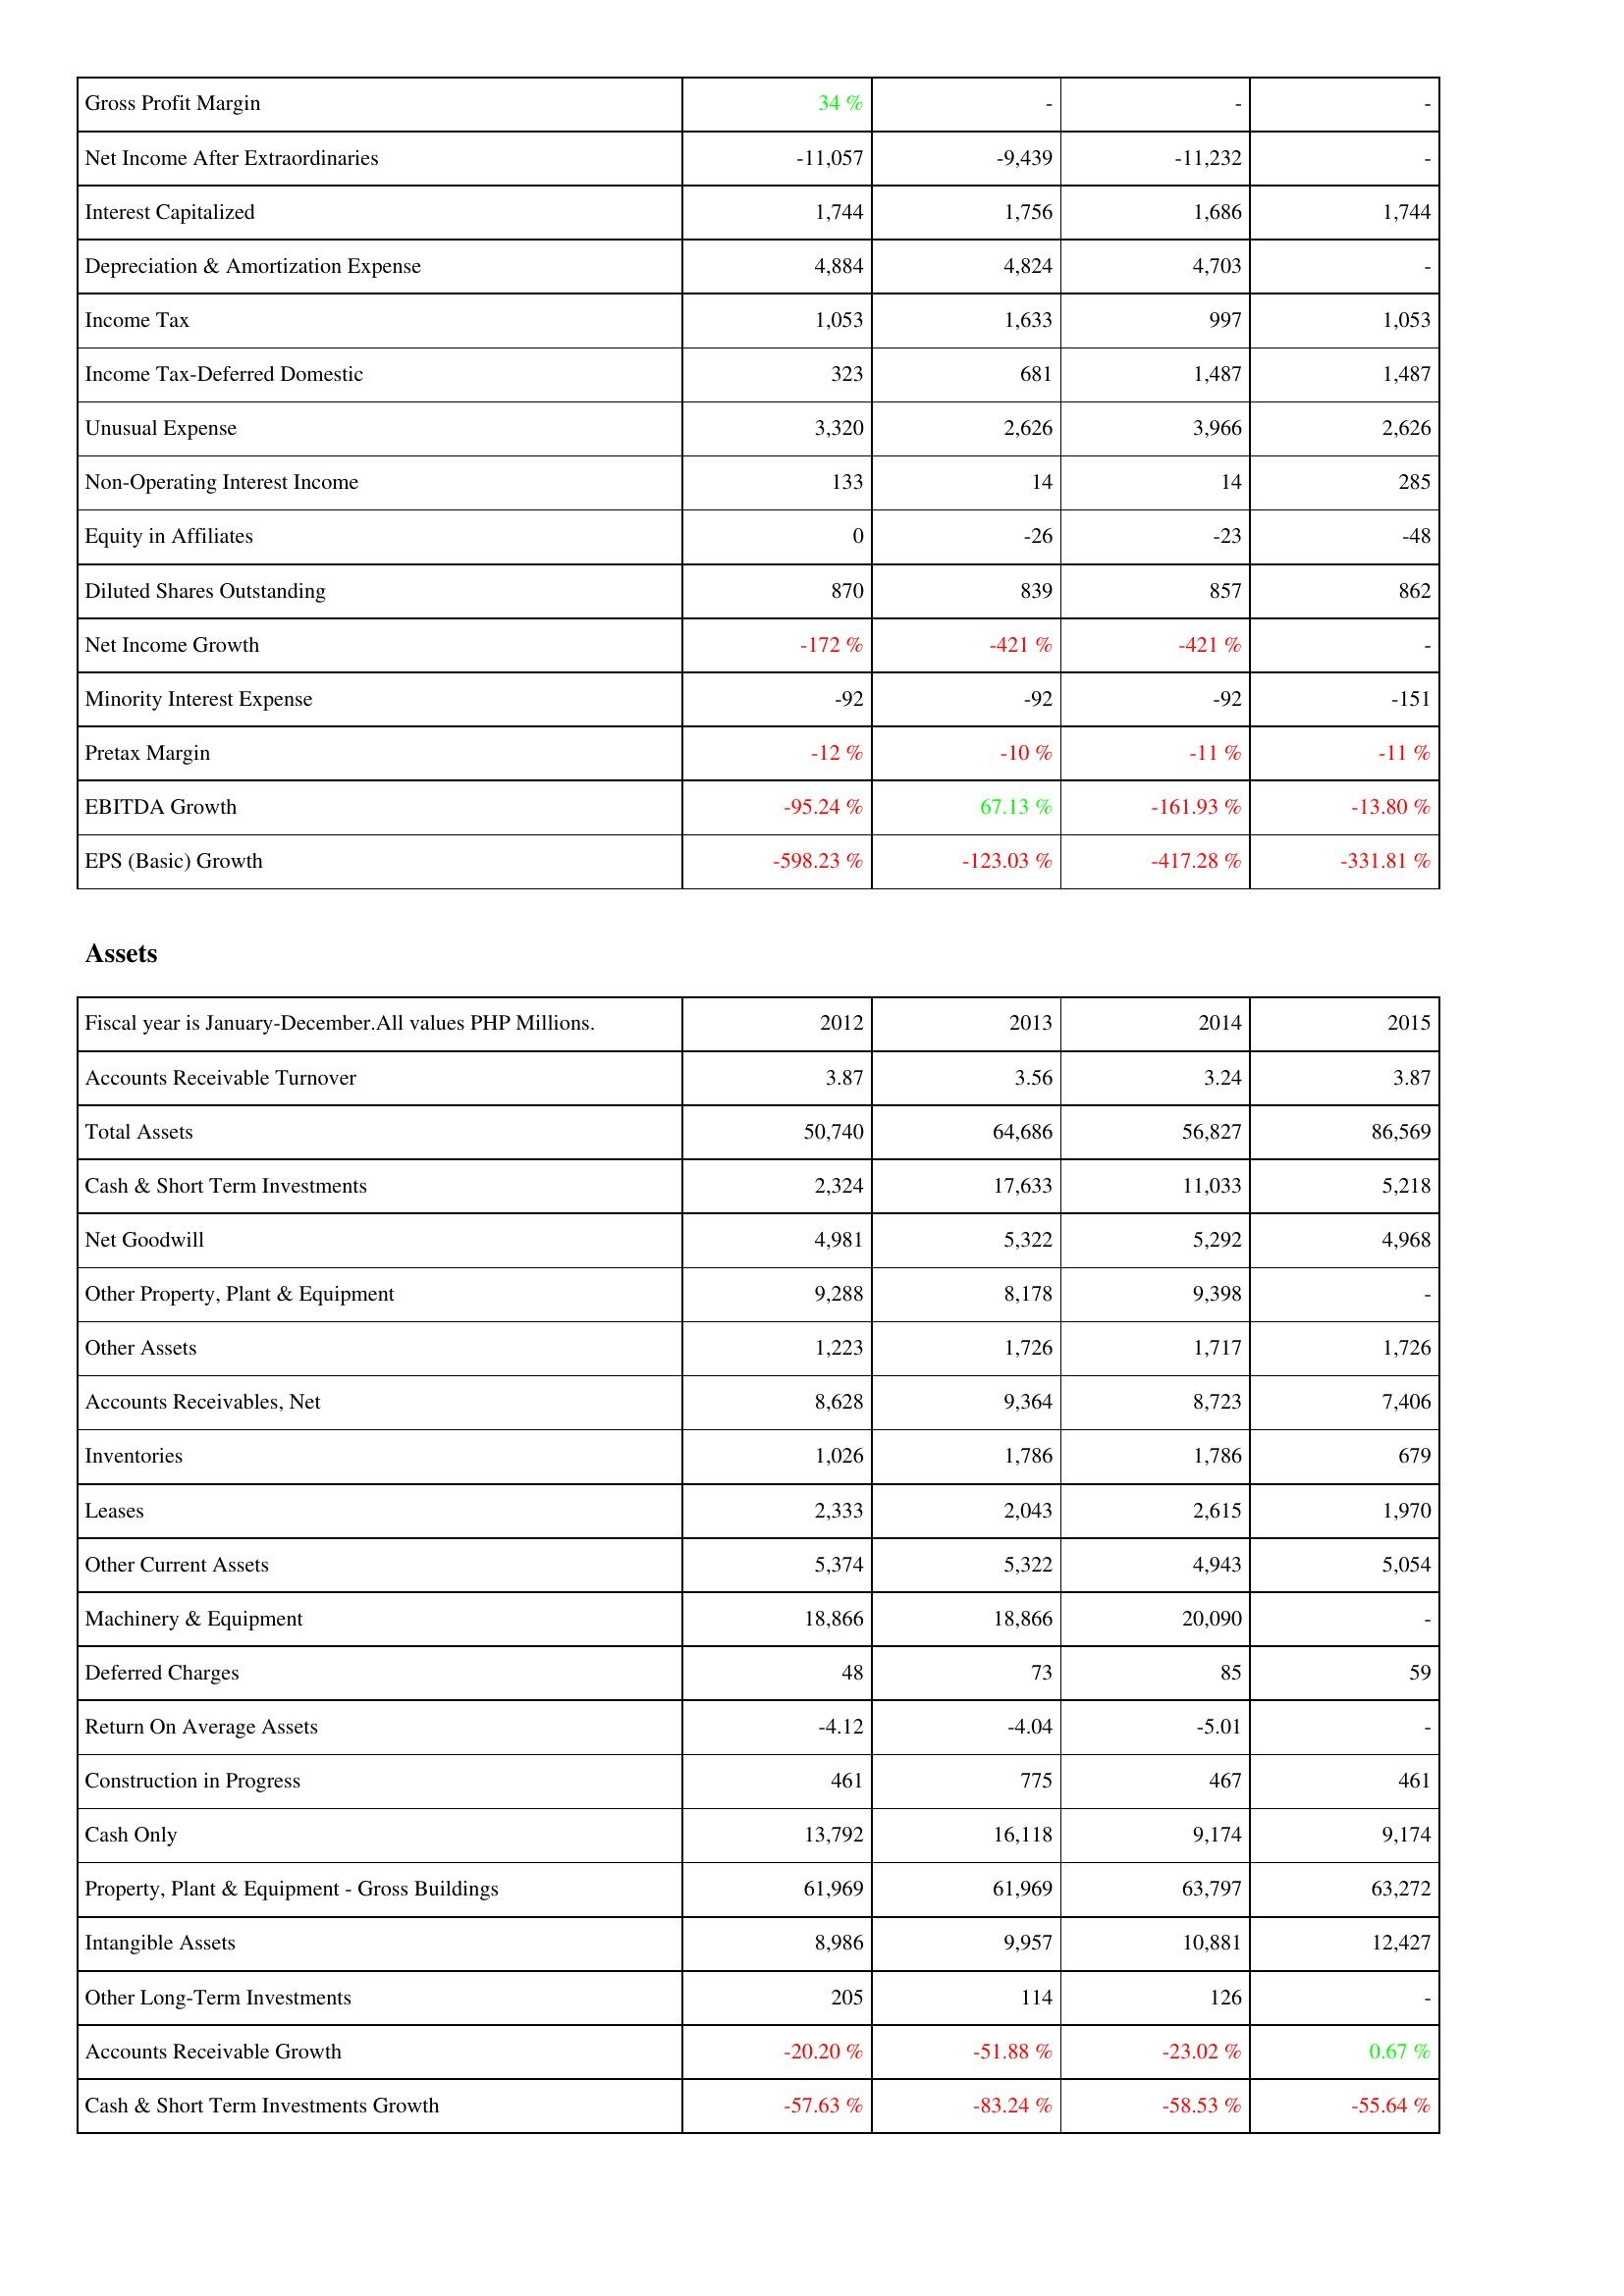
2012: Income Statement: Gross Profit Margin: 34 %
Net Income After Extraordinaries: -11,057
Interest Capitalized: 1,744
Depreciation & Amortization Expense: 4,884
Income Tax: 1,053
Income Tax-Deferred Domestic: 323
Unusual Expense: 3,320
Non-Operating Interest Income: 133
Equity in Affiliates: 0
Diluted Shares Outstanding: 870
Net Income Growth: -172 %
Minority Interest Expense: -92
Pretax Margin: -12 %
EBITDA Growth: -95.24 %
EPS (Basic) Growth: -598.23 %
Assets: Accounts Receivable Turnover: 3.87
Total Assets: 50,740
Cash & Short Term Investments: 2,324
Net Goodwill: 4,981
Other Property, Plant & Equipment: 9,288
Other Assets: 1,223
Accounts Receivables, Net: 8,628
Inventories: 1,026
Leases: 2,333
Other Current Assets: 5,374
Machinery & Equipment: 18,866
Deferred Charges: 48
Return On Average Assets: -4.12
Construction in Progress: 461
Cash Only: 13,792
Property, Plant & Equipment - Gross Buildings: 61,969
Intangible Assets: 8,986
Other Long-Term Investments: 205
Accounts Receivable Growth: -20.20 %
Cash & Short Term Investments Growth: -57.63 %
2013: Income Statement: Gross Profit Margin: -
Net Income After Extraordinaries: -9,439
Interest Capitalized: 1,756
Depreciation & Amortization Expense: 4,824
Income Tax: 1,633
Income Tax-Deferred Domestic: 681
Unusual Expense: 2,626
Non-Operating Interest Income: 14
Equity in Affiliates: -26
Diluted Shares Outstanding: 839
Net Income Growth: -421 %
Minority Interest Expense: -92
Pretax Margin: -10 %
EBITDA Growth: 67.13 %
EPS (Basic) Growth: -123.03 %
Assets: Accounts Receivable Turnover: 3.56
Total Assets: 64,686
Cash & Short Term Investments: 17,633
Net Goodwill: 5,322
Other Property, Plant & Equipment: 8,178
Other Assets: 1,726
Accounts Receivables, Net: 9,364
Inventories: 1,786
Leases: 2,043
Other Current Assets: 5,322
Machinery & Equipment: 18,866
Deferred Charges: 73
Return On Average Assets: -4.04
Construction in Progress: 775
Cash Only: 16,118
Property, Plant & Equipment - Gross Buildings: 61,969
Intangible Assets: 9,957
Other Long-Term Investments: 114
Accounts Receivable Growth: -51.88 %
Cash & Short Term Investments Growth: -83.24 %
2014: Income Statement: Gross Profit Margin: -
Net Income After Extraordinaries: -11,232
Interest Capitalized: 1,686
Depreciation & Amortization Expense: 4,703
Income Tax: 997
Income Tax-Deferred Domestic: 1,487
Unusual Expense: 3,966
Non-Operating Interest Income: 14
Equity in Affiliates: -23
Diluted Shares Outstanding: 857
Net Income Growth: -421 %
Minority Interest Expense: -92
Pretax Margin: -11 %
EBITDA Growth: -161.93 %
EPS (Basic) Growth: -417.28 %
Assets: Accounts Receivable Turnover: 3.24
Total Assets: 56,827
Cash & Short Term Investments: 11,033
Net Goodwill: 5,292
Other Property, Plant & Equipment: 9,398
Other Assets: 1,717
Accounts Receivables, Net: 8,723
Inventories: 1,786
Leases: 2,615
Other Current Assets: 4,943
Machinery & Equipment: 20,090
Deferred Charges: 85
Return On Average Assets: -5.01
Construction in Progress: 467
Cash Only: 9,174
Property, Plant & Equipment - Gross Buildings: 63,797
Intangible Assets: 10,881
Other Long-Term Investments: 126
Accounts Receivable Growth: -23.02 %
Cash & Short Term Investments Growth: -58.53 %
2015: Income Statement: Gross Profit Margin: -
Net Income After Extraordinaries: -
Interest Capitalized: 1,744
Depreciation & Amortization Expense: -
Income Tax: 1,053
Income Tax-Deferred Domestic: 1,487
Unusual Expense: 2,626
Non-Operating Interest Income: 285
Equity in Affiliates: -48
Diluted Shares Outstanding: 862
Net Income Growth: -
Minority Interest Expense: -151
Pretax Margin: -11 %
EBITDA Growth: -13.80 %
EPS (Basic) Growth: -331.81 %
Assets: Accounts Receivable Turnover: 3.87
Total Assets: 86,569
Cash & Short Term Investments: 5,218
Net Goodwill: 4,968
Other Property, Plant & Equipment: -
Other Assets: 1,726
Accounts Receivables, Net: 7,406
Inventories: 679
Leases: 1,970
Other Current Assets: 5,054
Machinery & Equipment: -
Deferred Charges: 59
Return On Average Assets: -
Construction in Progress: 461
Cash Only: 9,174
Property, Plant & Equipment - Gross Buildings: 63,272
Intangible Assets: 12,427
Other Long-Term Investments: -
Accounts Receivable Growth: 0.67 %
Cash & Short Term Investments Growth: -55.64 %